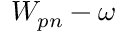
W _ { p n } - \omega